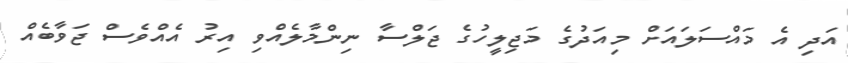
އަދި އެ މައްސަލައަށް މިއަދުގެ މަޖިލީހުގެ ޖަލްސާ ނިންމާލެއްވި އިރު އެއްވެސް ޖަވާބެއް